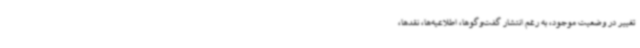
تغییر در وضعیت موجود، به‌ رغم انتشار گفت‌وگوها، اطلاعیه‌ها، نقدها،